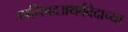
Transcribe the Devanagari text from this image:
उपनिषदअथर्ववेदाच्या